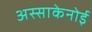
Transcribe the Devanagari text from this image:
अस्साकेनोई